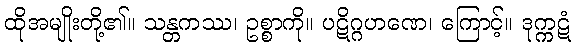
ထိုအမျိုးတို့၏။ သန္တကဿ၊ ဥစ္စာကို။ ပဋိဂ္ဂဟဏေ၊ ကြောင့်။ ဒုက္ကဋံ